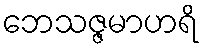
ဘေသဇ္ဇမာဟရိ